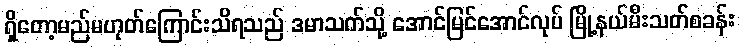
ရှိတော့မည်မဟုတ်ကြောင်းသိရသည် ဒမာသက်သို့ အောင်မြင်အောင်လုပ် မြို့နယ်မီးသတ်စခန်း